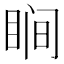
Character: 𬑗